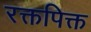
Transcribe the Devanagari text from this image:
रक्तपिक्त